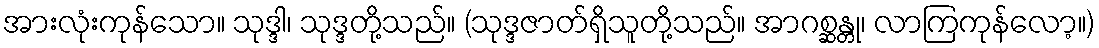
အားလုံးကုန်သော။ သုဒ္ဒါ၊ သုဒ္ဒတို့သည်။ (သုဒ္ဒဇာတ်ရှိသူတို့သည်။ အာဂစ္ဆန္တု၊ လာကြကုန်လော့။)